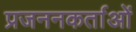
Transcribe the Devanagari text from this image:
प्रजननकर्ताओं